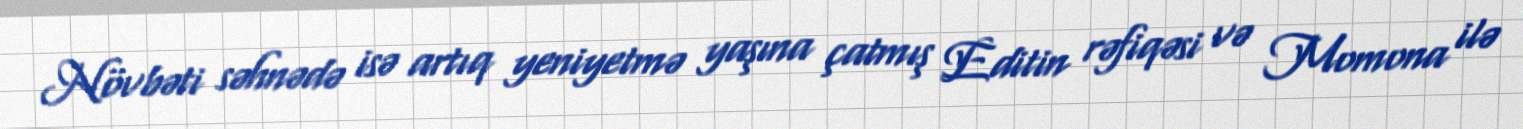
Növbəti səhnədə isə artıq yeniyetmə yaşına çatmış Editin rəfiqəsi və Momona ilə